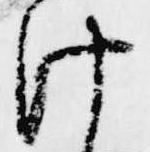
け